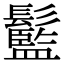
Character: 䰐